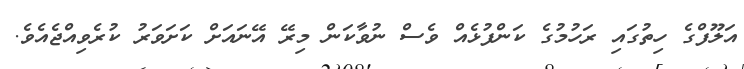
އަލޫފްގެ ހިތުގައި ރަހުމުގެ ކަންފުޅެއް ވެސް ނުވާކަން މިރޭ އޭނައަށް ކަށަވަރު ކުރެވިއްޖެއެވެ.